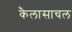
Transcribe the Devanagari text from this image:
कैलासाचल